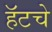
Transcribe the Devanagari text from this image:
हॅटचे